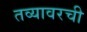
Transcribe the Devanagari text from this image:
तव्यावरची